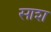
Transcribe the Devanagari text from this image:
साश